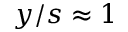
y / s \approx 1